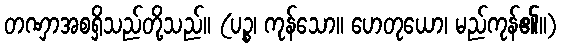
တဏှာအစရှိသည်တို့သည်။ (ပဉ္စ၊ ကုန်သော။ ဟေတုယော၊ မည်ကုန်၏။)